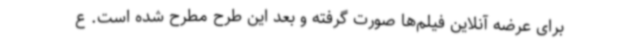
برای عرضه آنلاین فیلم‌ها صورت گرفته و بعد این طرح مطرح شده است. ع